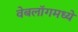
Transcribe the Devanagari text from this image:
वेबलॉगमध्ये